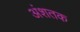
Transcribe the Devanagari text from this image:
अंशतक